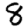
Digit: 8